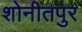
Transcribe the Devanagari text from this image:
शोनीतपुर